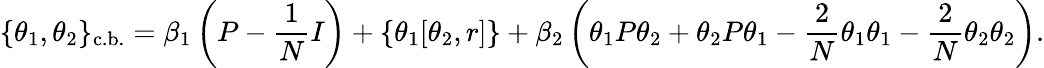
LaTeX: \{ \theta_{1},\theta_{2}\} _{\mathrm{c.b.}}=\beta_{1}\left(P-\frac{1}{N}I\right)+\left\{ \theta_{1}[\theta_{2},r]\right\} +\beta_{2}\left(\theta_{1}P\theta_{2}+\theta_{2}P\theta_{1}-\frac{2}{N}\theta_{1}\theta_{1}-\frac{2}{N}\theta_{2}\theta_{2}\right).